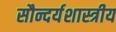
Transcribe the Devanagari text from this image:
सौन्दर्यशास्त्रीय